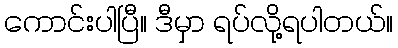
ကောင်းပါပြီ။ ဒီမှာ ရပ်လို့ရပါတယ်။